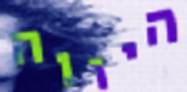
היווה